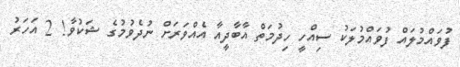
ފުވައްމުލައް ފުވައްމުލަކު ސިއްހީ ހިދުމަތް އާބާދީއާ އެއްވަރަށް ނުދެވުމުގެ ޝަކުވާ! 2 އަހަރު